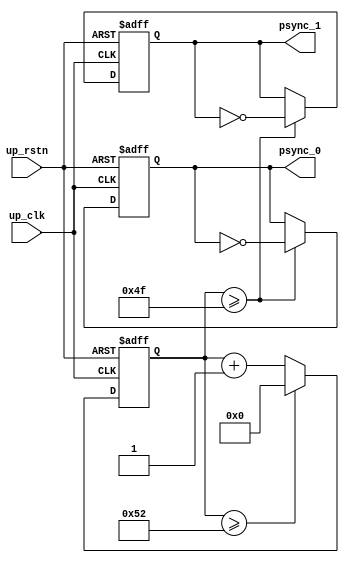
// ***************************************************************************
// ***************************************************************************
// Copyright 2011(c) Analog Devices, Inc.
// 
// All rights reserved.
// 
// Redistribution and use in source and binary forms, with or without modification,
// are permitted provided that the following conditions are met:
//     - Redistributions of source code must retain the above copyright
//       notice, this list of conditions and the following disclaimer.
//     - Redistributions in binary form must reproduce the above copyright
//       notice, this list of conditions and the following disclaimer in
//       the documentation and/or other materials provided with the
//       distribution.
//     - Neither the name of Analog Devices, Inc. nor the names of its
//       contributors may be used to endorse or promote products derived
//       from this software without specific prior written permission.
//     - The use of this software may or may not infringe the patent rights
//       of one or more patent holders.  This license does not release you
//       from the requirement that you obtain separate licenses from these
//       patent holders to use this software.
//     - Use of the software either in source or binary form, must be run
//       on or directly connected to an Analog Devices Inc. component.
//    
// THIS SOFTWARE IS PROVIDED BY ANALOG DEVICES "AS IS" AND ANY EXPRESS OR IMPLIED WARRANTIES,
// INCLUDING, BUT NOT LIMITED TO, NON-INFRINGEMENT, MERCHANTABILITY AND FITNESS FOR A
// PARTICULAR PURPOSE ARE DISCLAIMED.
//
// IN NO EVENT SHALL ANALOG DEVICES BE LIABLE FOR ANY DIRECT, INDIRECT, INCIDENTAL, SPECIAL,
// EXEMPLARY, OR CONSEQUENTIAL DAMAGES (INCLUDING, BUT NOT LIMITED TO, INTELLECTUAL PROPERTY
// RIGHTS, PROCUREMENT OF SUBSTITUTE GOODS OR SERVICES; LOSS OF USE, DATA, OR PROFITS; OR 
// BUSINESS INTERRUPTION) HOWEVER CAUSED AND ON ANY THEORY OF LIABILITY, WHETHER IN CONTRACT,
// STRICT LIABILITY, OR TORT (INCLUDING NEGLIGENCE OR OTHERWISE) ARISING IN ANY WAY OUT OF 
// THE USE OF THIS SOFTWARE, EVEN IF ADVISED OF THE POSSIBILITY OF SUCH DAMAGE.
// ***************************************************************************
// ***************************************************************************

`timescale 1ns/100ps

module fmcadc5_psync (

  up_rstn,
  up_clk,

  psync_0,
  psync_1);

  // 4 wire

  input           up_rstn;
  input           up_clk;
  output          psync_0;
  output          psync_1;

  // internal registers

  reg     [ 7:0]  psync_count = 'd0;
  reg             psync_0 = 'd0;
  reg             psync_1 = 'd0;

  // ~602K

  always @(posedge up_clk or negedge up_rstn) begin
    if (up_rstn == 1'b0) begin
      psync_count <= 7'd0;
      psync_0 <= 1'b0;
      psync_1 <= 1'b1;
    end else begin
      if (psync_count >= 7'h52) begin
        psync_count <= 7'd0;
      end else begin
        psync_count <= psync_count + 1'b1;
      end
      if (psync_count >= 7'h4f) begin
        psync_0 <= ~psync_0;
        psync_1 <= ~psync_1;
      end
    end
  end

endmodule

// ***************************************************************************
// ***************************************************************************